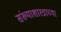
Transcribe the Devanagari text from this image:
संख्याशास्त्राच्या